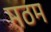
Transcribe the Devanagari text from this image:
मठम